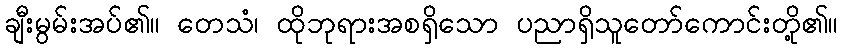
ချီးမွမ်းအပ်၏။ တေသံ၊ ထိုဘုရားအစရှိသော ပညာရှိသူတော်ကောင်းတို့၏။